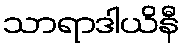
သာရာဒါယိနီ